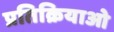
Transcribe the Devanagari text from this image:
प्रतिक्रियाओ